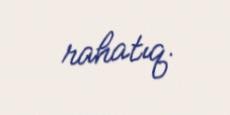
rahatıq.